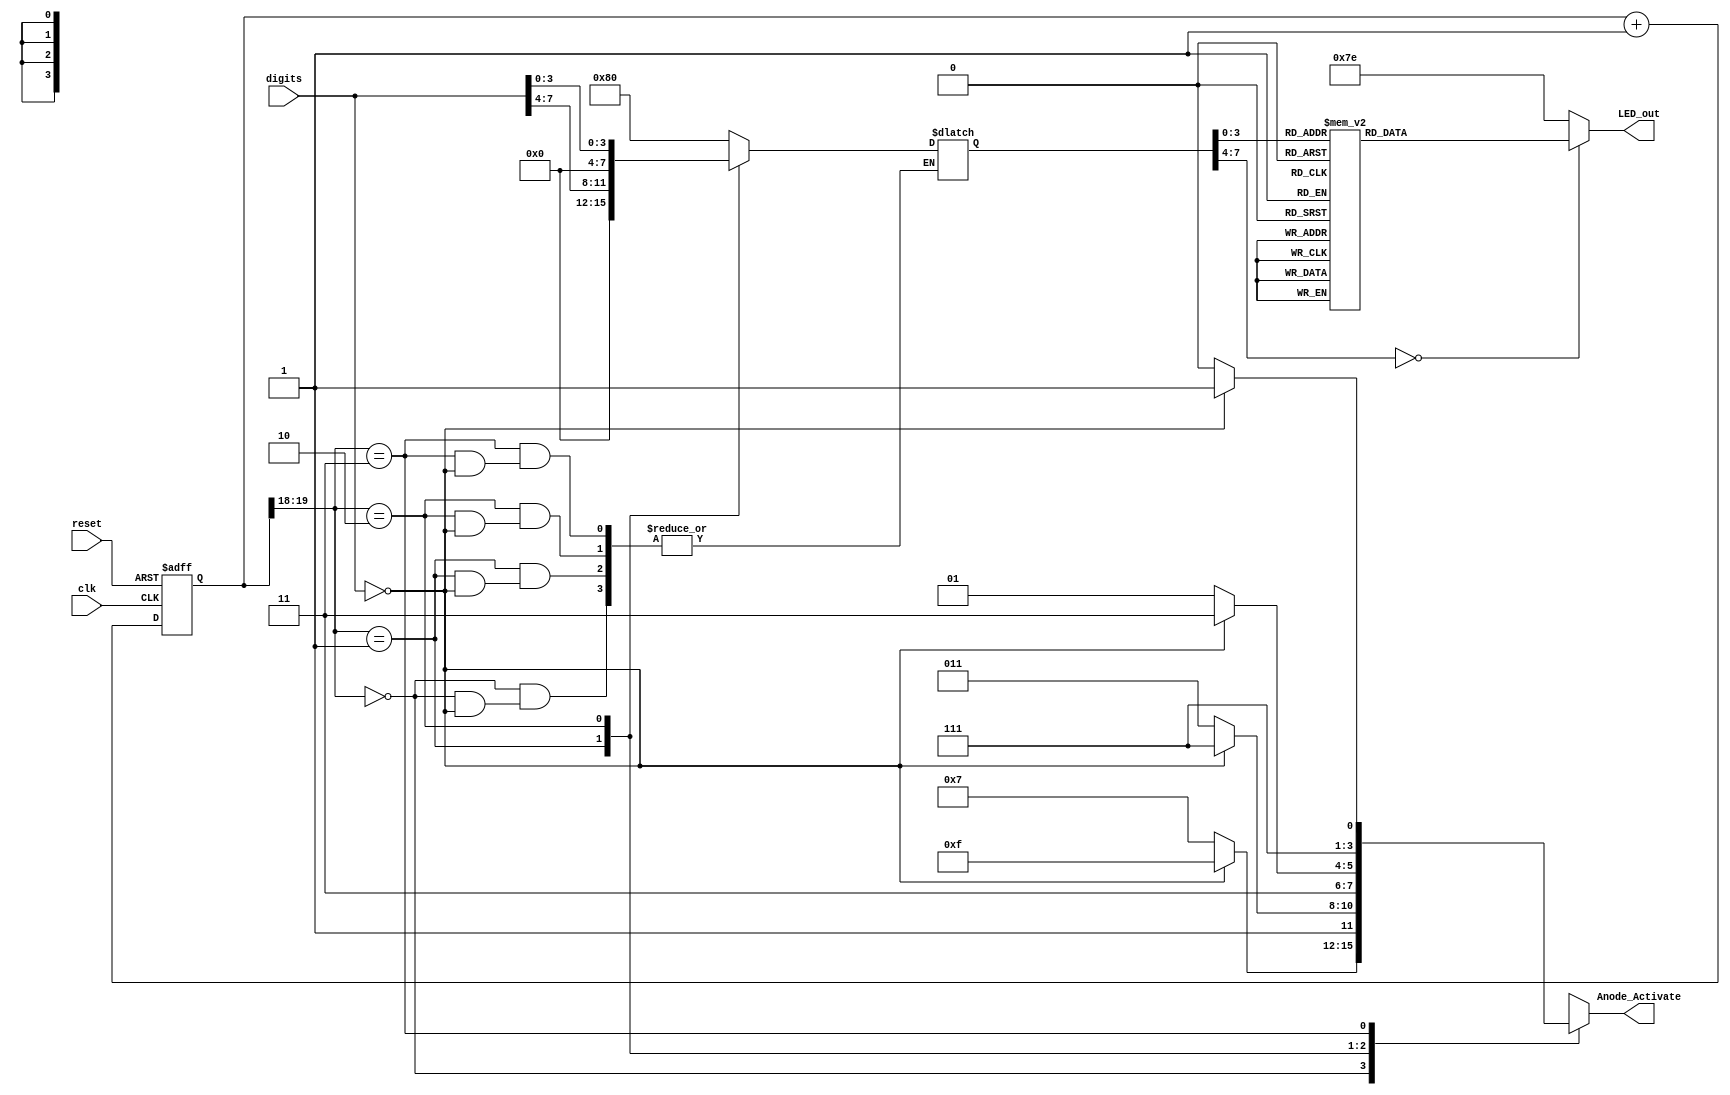
`timescale 1ns / 1ps


module Seven_segment_LED_Display_Controller(
    //input clock_100Mhz, //100 Mhz clock source on Basys 3 FPGA
    input clk,
    input reset,
    input [7:0] digits,
    output reg [3:0] Anode_Activate, // anode signals of the 7-seg led display
    output reg [6:0] LED_out // cathode patterns of the 7-seg led display
    );
    reg [26:0] one_second_counter; // counter for generating 1 sec clock enable
    wire one_second_enable; // one second enable for counting numbers
    reg [15:0] displayed_number; // counting number to be displayed
    reg [7:0] LED_BCD;
    reg [19:0] refresh_counter; //20-bit for creating 10.5ms refresh period or 380Hz refresh rate
                //the first 2 MSB bits for creating 4 LED-activating signals with 2.6ms digit period
    wire [1:0] LED_activating_counter;
    
    always @(posedge clk or posedge reset)
    begin
        if(reset==1)
            one_second_counter <= 0;
        else begin
            if(one_second_counter >= 99999999)
                one_second_counter <= 0;
            else
                one_second_counter <= one_second_counter + 1;
        end
    end

    assign one_second_enable = (one_second_counter==99999999) ?1:0;
    always @(posedge clk or posedge reset)
    begin
        if(reset==1)
            displayed_number <=0;
        else if (one_second_counter==1)
            displayed_number <= displayed_number+1;
    end
    always @(posedge clk or posedge reset)
    begin
        if(reset==1)
            refresh_counter <= 0;
        else
            refresh_counter <= refresh_counter + 1;
    end
    assign LED_activating_counter = refresh_counter[19:18];
    //anode activating signals for 4 LEDS, digit period of 2.6ms
    //decoder to generate anode singals
    always @(*)
    begin
        case(LED_activating_counter)
        2'b00: begin
            Anode_Activate = 4'b0111;
            if (digits[7:0] == 8'h00) 
            Anode_Activate = 4'b1111; 
            else 
            LED_BCD = 8'b10000000;
        end
        2'b01: begin
            Anode_Activate = 4'b1011;
            if (digits[7:0] == 8'h00)
            Anode_Activate = 4'b1111;
            else
            LED_BCD = digits[7:4];
        end
        2'b10: begin
            Anode_Activate = 4'b1101;
            if (digits[7:0] == 8'h00)
            Anode_Activate = 4'b1111;
            else
            LED_BCD = digits[3:0];
        end
        2'b11: begin
            Anode_Activate = 4'b1110;
            if (digits[7:0] == 8'h00)
            Anode_Activate = 4'b1111;
            else
            LED_BCD = 8'b10000000;
        end
        endcase
    end
    always @(*)
    begin
        case(LED_BCD)
        8'b00000000: LED_out = 7'b0000001; // "0"  // abcdefg       a
        8'b00000001: LED_out = 7'b1001111; // "1"                  ?
        8'b00000010: LED_out = 7'b0010010; // "2"               f?g?b
        8'b00000011: LED_out = 7'b0000110; // "3"                 ?
        8'b00000100: LED_out = 7'b1001100; // "4"              e? ?c
        8'b00000101: LED_out = 7'b0100100; // "5"                ?
        8'b00000110: LED_out = 7'b0100000; // "6"                d
        8'b00000111: LED_out = 7'b0001111; // "7"  
        8'b00001000: LED_out = 7'b0000000; // "8"     
        8'b00001001: LED_out = 7'b0000100; // "9" 
        
        8'b00001010: LED_out = 7'b0001000; // "A"  // abcdefg       a
        8'b00001011: LED_out = 7'b1100000; // "b"                  ?
        8'b00001100: LED_out = 7'b0110001; // "C"               f?g?b
        8'b00001101: LED_out = 7'b1000010; // "d"                 ?
        8'b00001110: LED_out = 7'b0110000; // "E"              e? ?c
        8'b00001111: LED_out = 7'b0111000; // "F"                ?
        default: LED_out = 7'b1111110; // "0"                   
   endcase                                              
   end
 endmodule